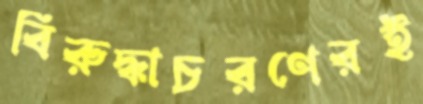
বিরুদ্ধাচরণেরই